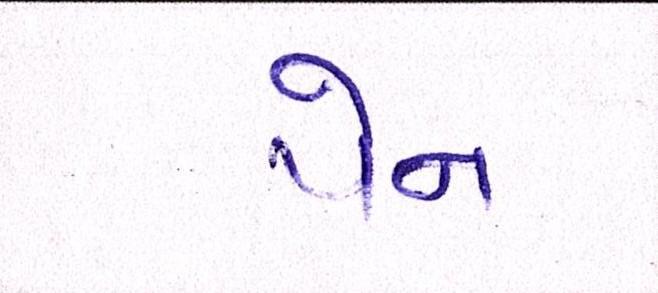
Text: પેન